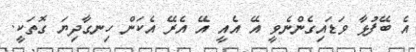
އެ ބޭފުޅާ ވަޑައިގެންނެވީ އޭ އެއީ އޭ އެރޭ އެކަން ހިނގާދިޔަ ގޮތަކީ.